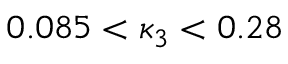
0 . 0 8 5 < \kappa _ { 3 } < 0 . 2 8